Trukikaitis_Postimees, lk 171
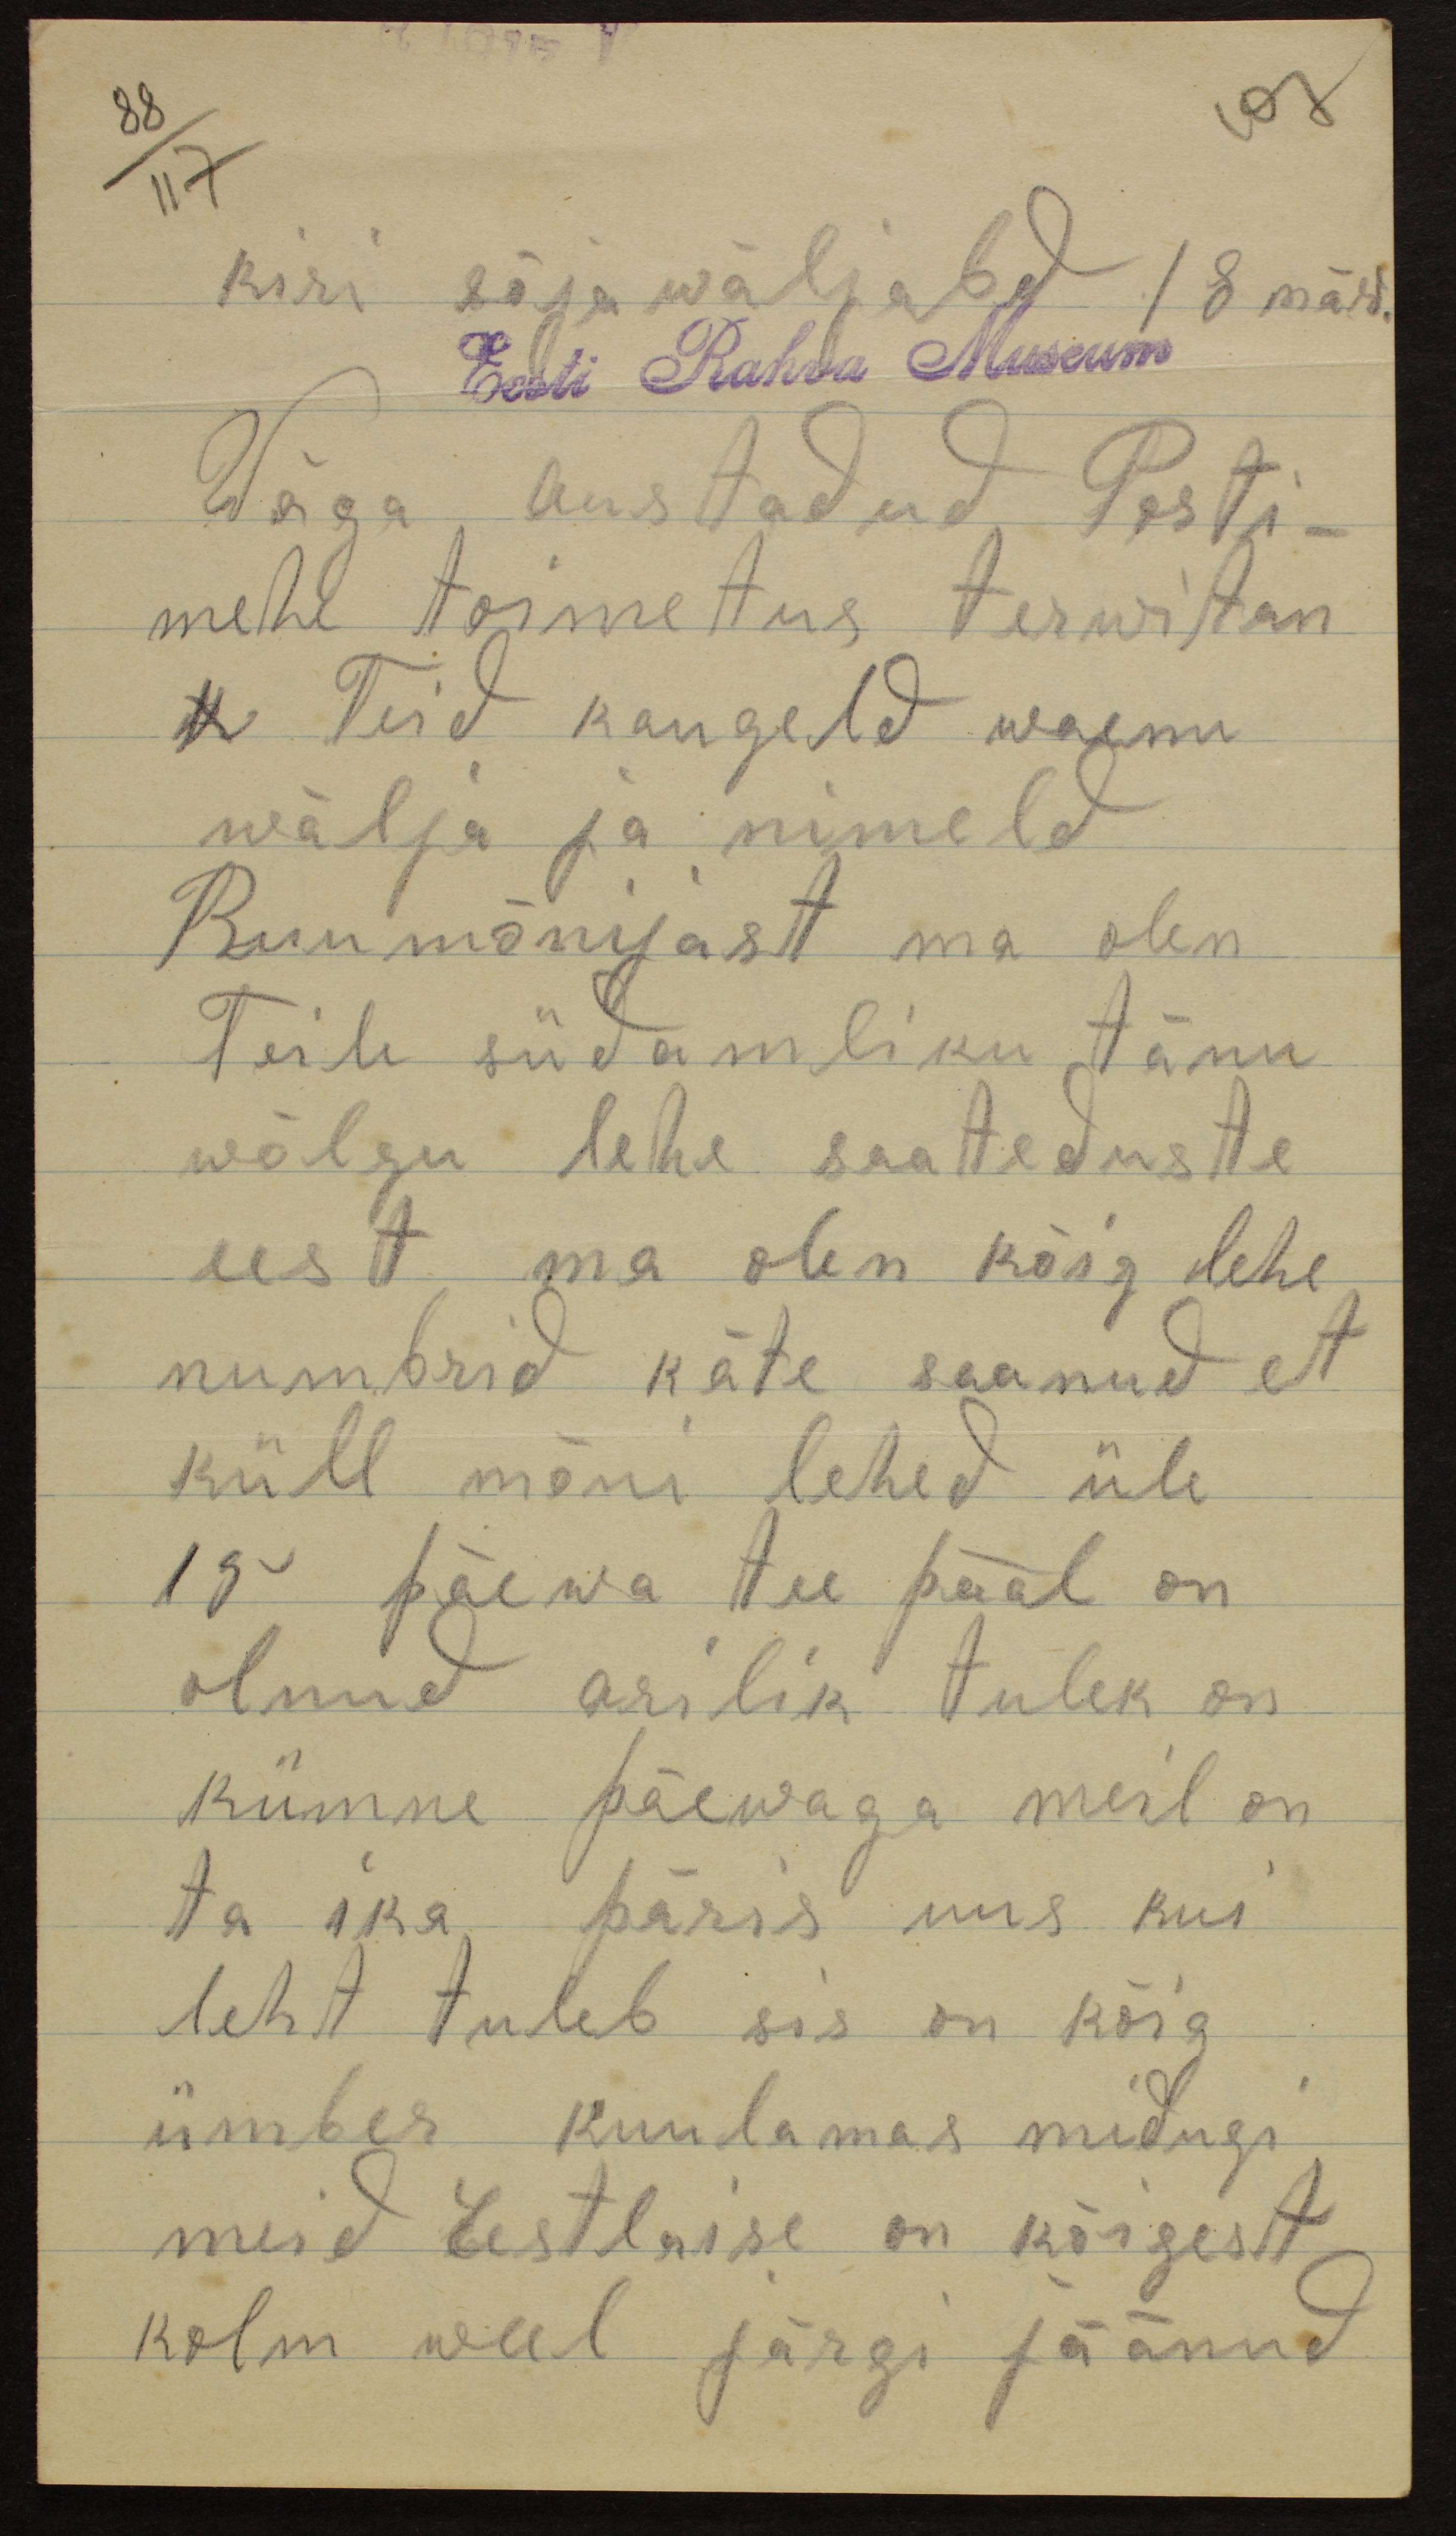
107

88/117
kiri sõjawäljald / 8 märts.
Eesti Rahva Museum
Wäga austatud Posti-
mehe toimetus terwitan
N Teid kaugeld waenu
wälja ja nimeld
Ruumõnijast ma olen
Teile südamliku tänu
wõlgu lehe saateduste
eest ma olen kõig lehe
numbrid käte saanud et
küll mõni lehed üle
19 päewa tee pääl on
olnud arilik tulek on
kümne päewaga meil on
ta ika päris, uus kui
leht tuleb siis on kõig
ümber kuulamas muidugi
meid Eestlsise on kõigest
kolm weel järgi jäänud